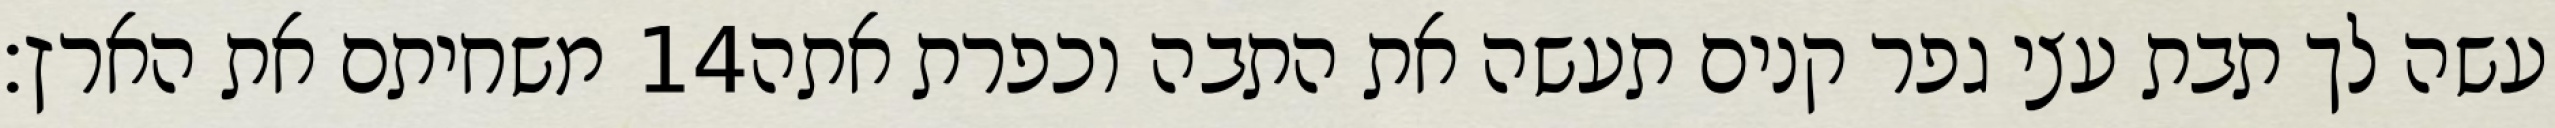
משחיתם את הארץ׃ ‎14‏ עשה לך תבת עצי גפר קנים תעשה את התבה וכפרת אתה